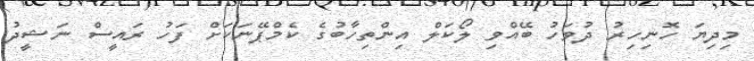
މިދިޔަ ހޮނިހިރު ދުވަހު ބޭއްވި ލޯކަލް އިންތިހާބުގެ ކެމްޕޭނަކަށް ފަހު ރައީސް ނަޝީދު